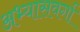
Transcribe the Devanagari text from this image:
अभ्यासवर्गा